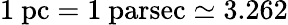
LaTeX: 1\ \mathrm{pc}=1\ \mathrm{parsec}\simeq 3.262